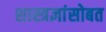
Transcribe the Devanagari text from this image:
शास्त्रज्ञांसोबत